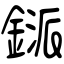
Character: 鎃